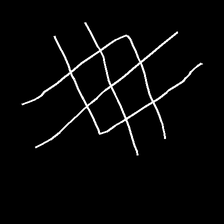
Glyph: crystal